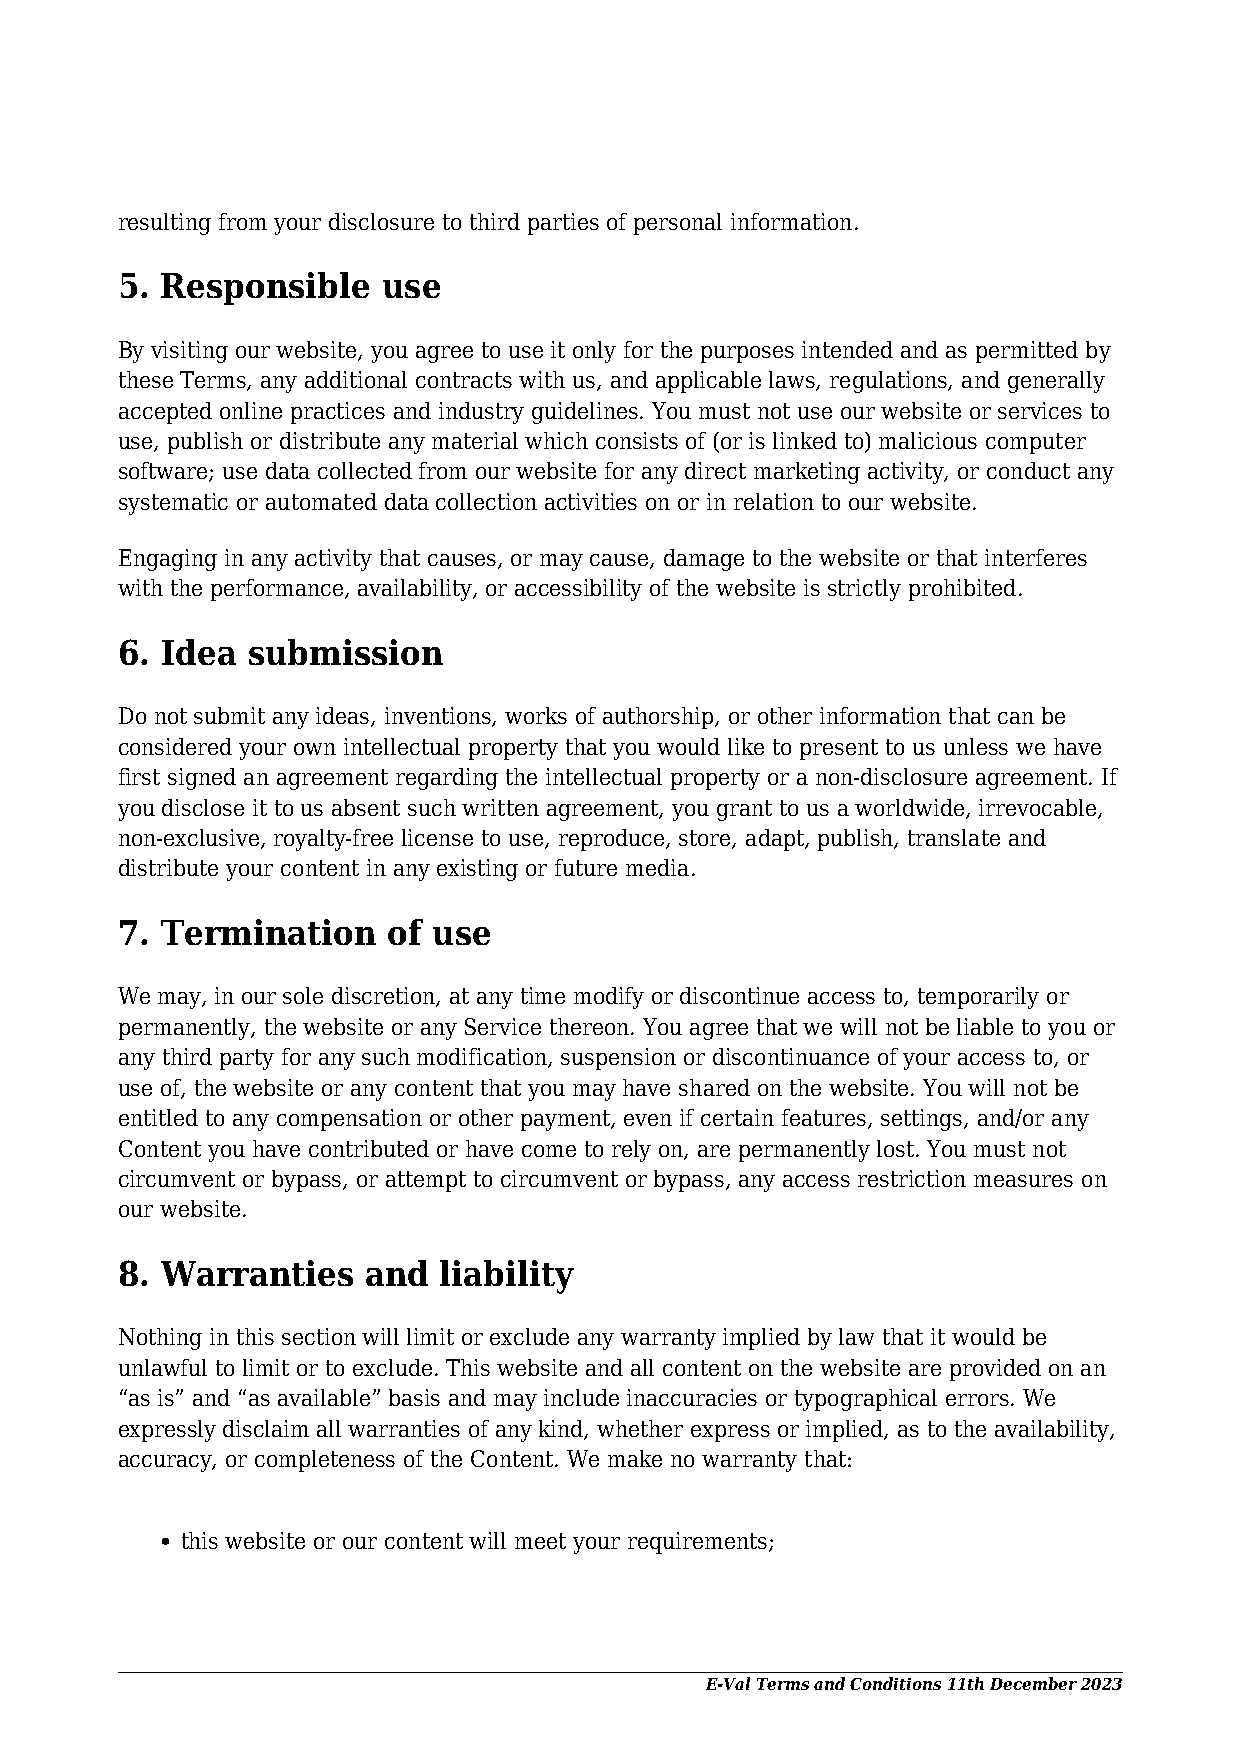
resulting from your disclosure to third parties of personal information.
 5. Responsible   use
 By visiting our website, you agree to use it only for the purposes intended and as permitted by
 these Terms, any additional contracts with us, and applicable laws, regulations, and generally
 accepted online practices and industry guidelines. You must not use our website or services to
 use, publish or distribute any material which consists of (or is linked to) malicious computer
 software; use data collected from our website for any direct marketing activity, or conduct any
 systematic or automated data collection activities on or in relation to our website.
 Engaging in any activity that causes, or may cause, damage to the website or that interferes
 with the performance, availability, or accessibility of the website is strictly prohibited.
 6. Idea submission
 Do not submit any ideas, inventions, works of authorship, or other information that can be
 considered your own intellectual property that you would like to present to us unless we have
 first signed an agreement regarding the intellectual property or a non-disclosure agreement. If
 you disclose it to us absent such written agreement, you grant to us a worldwide, irrevocable,
 non-exclusive, royalty-free license to use, reproduce, store, adapt, publish, translate and
 distribute your content in any existing or future media.
 7. Termination    of use
 We may, in our sole discretion, at any time modify or discontinue access to, temporarily or
 permanently, the website or any Service thereon. You agree that we will not be liable to you or
 any third party for any such modification, suspension or discontinuance of your access to, or
 use of, the website or any content that you may have shared on the website. You will not be
 entitled to any compensation or other payment, even if certain features, settings, and/or any
 Content you have contributed or have come to rely on, are permanently lost. You must not
 circumvent or bypass, or attempt to circumvent or bypass, any access restriction measures on
 our website.
 8. Warranties   and  liability
 Nothing in this section will limit or exclude any warranty implied by law that it would be
 unlawful to limit or to exclude. This website and all content on the website are provided on an
 “as is” and “as available” basis and may include inaccuracies or typographical errors. We
 expressly disclaim all warranties of any kind, whether express or implied, as to the availability,
 accuracy, or completeness of the Content. We make no warranty that:
 this website or our content will meet your requirements;
 E-Val Terms and Conditions 11th December 2023